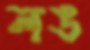
লঙ